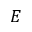
E